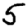
Digit: 5